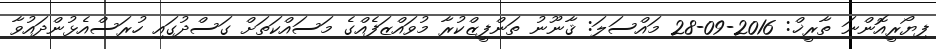
ފިޔޯރީއޮންނަ ތާރީޚް: 2016-09-28 މައްސަލަ: ޤާނޫނު ތަންފީޒްކުރާ މުވައްޒަފެއްގެ މަސައްކަތަށް ގަސްދުގައި ހުރަސްއެޅުންދައުވާ